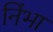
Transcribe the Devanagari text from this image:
निंभा